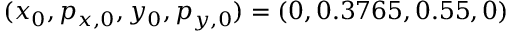
( x _ { 0 } , p _ { x , 0 } , y _ { 0 } , p _ { y , 0 } ) = ( 0 , 0 . 3 7 6 5 , 0 . 5 5 , 0 )